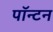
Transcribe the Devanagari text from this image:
पॉन्टन